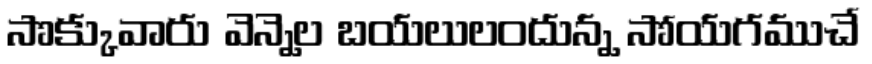
సొక్కువారు వెన్నెల బయలులందున్న సోయగముచే